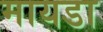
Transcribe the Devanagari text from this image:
मायडा